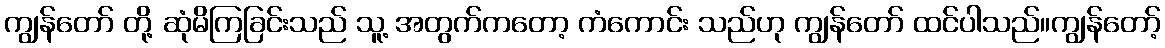
ကျွန်တော် တို့ ဆုံမိကြခြင်းသည် သူ့ အတွက်ကတော့ ကံကောင်း သည်ဟု ကျွန်တော် ထင်ပါသည်။ကျွန်တော့်